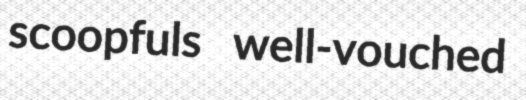
scoopfuls well-vouched